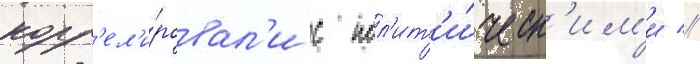
корр'ел'и́ровал'и с пол'ит'и́ческ'им'и //